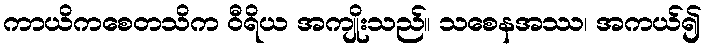
ကာယိကစေတသိက ဝီရိယ အကျိုးသည်။ သစေနအဿ၊ အကယ်၍